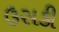
ઉસકી